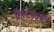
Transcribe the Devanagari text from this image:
हिस्टीरिकल